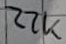
Text: 22K